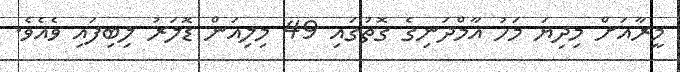
މީރާއަށް މިދިޔަ މަހު އާމްދަނިގެ ގޮތުގައި 49 މިލިއަން ޑޮލަރު ލިބިފައި ވެއެވެ.